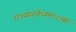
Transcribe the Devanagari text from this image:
राज्यघटनेच्या१६८व्या